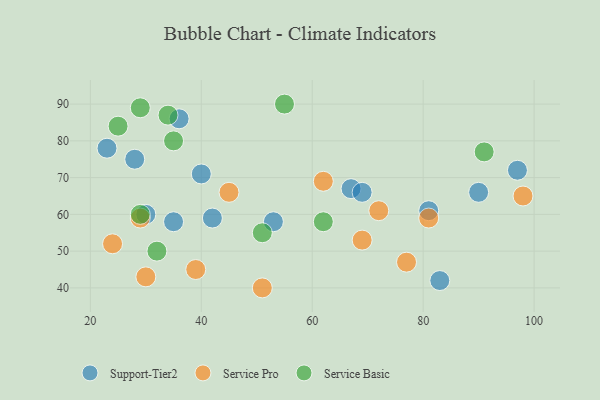
{"axis": {"x": "GDP", "y": "Life Expectancy"}, "legend": ["Service Basic", "Service Pro", "Support-Tier2"], "data": [{"x": "28", "y": 75, "type": "Support-Tier2"}, {"x": "90", "y": 66, "type": "Support-Tier2"}, {"x": "53", "y": 58, "type": "Support-Tier2"}, {"x": "35", "y": 58, "type": "Support-Tier2"}, {"x": "81", "y": 61, "type": "Support-Tier2"}, {"x": "23", "y": 78, "type": "Support-Tier2"}, {"x": "30", "y": 60, "type": "Support-Tier2"}, {"x": "67", "y": 67, "type": "Support-Tier2"}, {"x": "83", "y": 42, "type": "Support-Tier2"}, {"x": "97", "y": 72, "type": "Support-Tier2"}, {"x": "42", "y": 59, "type": "Support-Tier2"}, {"x": "36", "y": 86, "type": "Support-Tier2"}, {"x": "40", "y": 71, "type": "Support-Tier2"}, {"x": "69", "y": 66, "type": "Support-Tier2"}, {"x": "77", "y": 47, "type": "Service Pro"}, {"x": "45", "y": 66, "type": "Service Pro"}, {"x": "69", "y": 53, "type": "Service Pro"}, {"x": "98", "y": 65, "type": "Service Pro"}, {"x": "51", "y": 40, "type": "Service Pro"}, {"x": "62", "y": 69, "type": "Service Pro"}, {"x": "72", "y": 61, "type": "Service Pro"}, {"x": "29", "y": 59, "type": "Service Pro"}, {"x": "30", "y": 43, "type": "Service Pro"}, {"x": "81", "y": 59, "type": "Service Pro"}, {"x": "24", "y": 52, "type": "Service Pro"}, {"x": "39", "y": 45, "type": "Service Pro"}, {"x": "51", "y": 55, "type": "Service Basic"}, {"x": "25", "y": 84, "type": "Service Basic"}, {"x": "29", "y": 60, "type": "Service Basic"}, {"x": "32", "y": 50, "type": "Service Basic"}, {"x": "29", "y": 89, "type": "Service Basic"}, {"x": "91", "y": 77, "type": "Service Basic"}, {"x": "55", "y": 90, "type": "Service Basic"}, {"x": "35", "y": 80, "type": "Service Basic"}, {"x": "62", "y": 58, "type": "Service Basic"}, {"x": "34", "y": 87, "type": "Service Basic"}]}